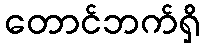
တောင်ဘက်ရှိ